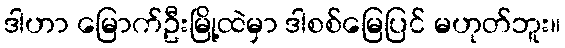
ဒါဟာ မြောက်ဦးမြို့ထဲမှာ ဒါစစ်မြေပြင် မဟုတ်ဘူး။